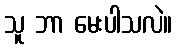
သူ ဘာ မေးပါသလဲ။